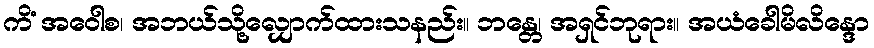
ကိံ အဝေါစ၊ အဘယ်သို့လျှောက်ထားသနည်း။ ဘန္တေ၊ အရှင်ဘုရား။ အယံခေါမိလိန္ဒော